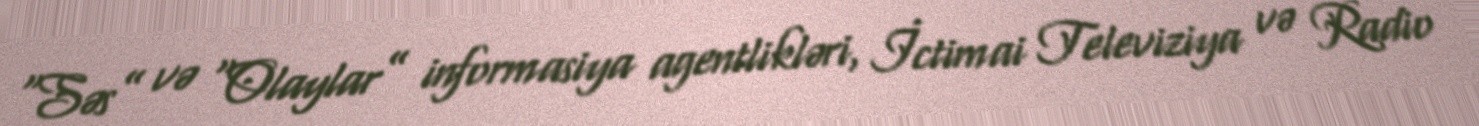
“Səs” və “Olaylar” informasiya agentlikləri, İctimai Televiziya və Radio